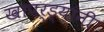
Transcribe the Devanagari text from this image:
खापर्ड्यांनी